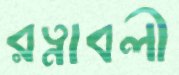
রত্নাবলী